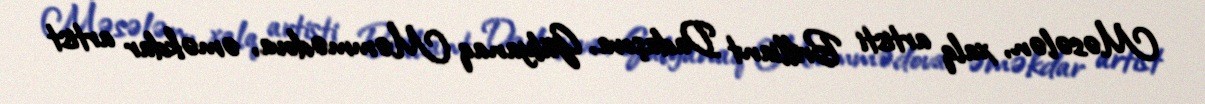
Məsələn, xalq artisti Brilliant Dadaşova, Gülyanaq Məmmədova, əməkdar artist